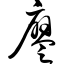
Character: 廖